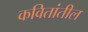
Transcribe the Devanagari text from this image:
कवितांतील